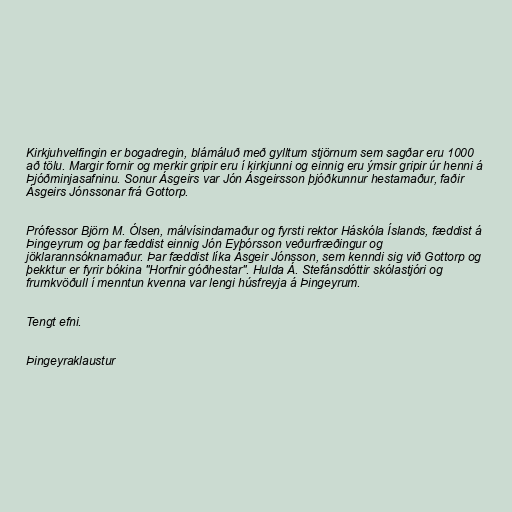
Kirkjuhvelfingin er bogadregin, blámáluð með gylltum stjörnum sem sagðar eru 1000
að tölu. Margir fornir og merkir gripir eru í kirkjunni og einnig eru ýmsir gripir úr henni á
Þjóðminjasafninu. Sonur Ásgeirs var Jón Ásgeirsson þjóðkunnur hestamaður, faðir
Ásgeirs Jónssonar frá Gottorp.

Prófessor Björn M. Ólsen, málvísindamaður og fyrsti rektor Háskóla Íslands, fæddist á
Þingeyrum og þar fæddist einnig Jón Eyþórsson veðurfræðingur og
jöklarannsóknamaður. Þar fæddist líka Ásgeir Jónsson, sem kenndi sig við Gottorp og
þekktur er fyrir bókina "Horfnir góðhestar". Hulda Á. Stefánsdóttir skólastjóri og
frumkvöðull í menntun kvenna var lengi húsfreyja á Þingeyrum.

Tengt efni.

Þingeyraklaustur